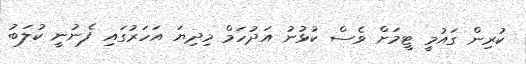
ކުރިން ގައުމީ ޓީމަށް ވެސް ކުޅުނު އަދުހަމް މިދިޔަ އަހަރުގައި ފެނުނީ ކުލަބު